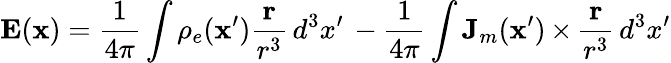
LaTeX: \mathbf{E}(\mathbf{x})=\frac{1}{4\pi}\int\rho_{e}(\mathbf{x}^{\prime})\frac{\mathbf{r}}{r^{3}}\, d^{3}x^{\prime}\, -\frac{1}{4\pi}\int\mathbf{J}_{m}(\mathbf{x}^{\prime})\, {\mathbf\times}\, \frac{\mathbf{r}}{r^{3}}\, d^{3}x^{\prime}